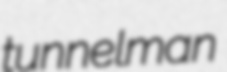
tunnelman